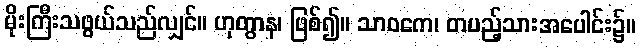
မိုးကြီးသဖွယ်သည်လျှင်။ ဟုတွာန၊ ဖြစ်၍။ သာဝကေ၊ တပည့်သားအပေါင်း၌။